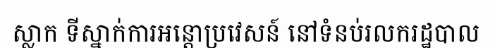
ស្លាក ទីស្នាក់ការអន្តោប្រវេសន៍ នៅទំនប់រលករដ្ឋបាល